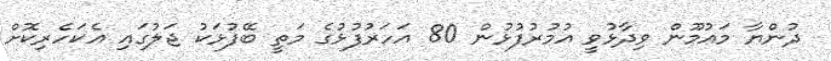
ދުންޔާ މައުމޫން ވިދާޅުވީ އުމުރުފުޅުން 80 އަހަރުފުޅުގެ މަތީ ބޭފުޅަކު ޖަލުގައި އެކަހެރިކޮށް